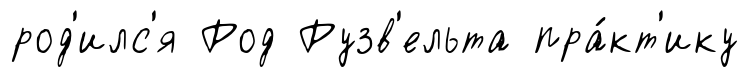
род'илс'я Род Рузв'ельта пра́кт'ику